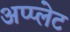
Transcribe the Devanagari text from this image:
अप्प्लेट